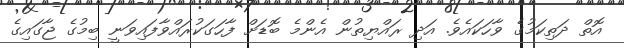
އޮތް ދަތިކަމުގެ ވާހަކައެވެ. އަދި ރައްޔިތުން އެންމެ ބޮޑަށް ފާހަގަކުރައްވާފައިވަނީ ބިމުގެ ޖާގައިގެ